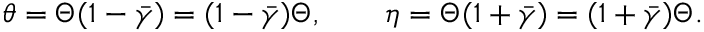
\theta = \Theta ( 1 - \bar { \gamma } ) = ( 1 - \bar { \gamma } ) \Theta , \qquad \eta = \Theta ( 1 + \bar { \gamma } ) = ( 1 + \bar { \gamma } ) \Theta .